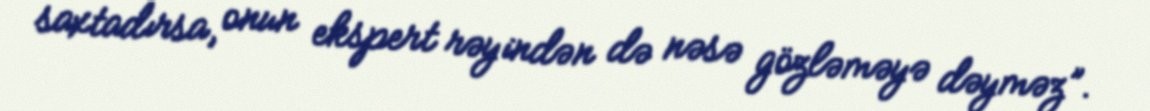
saxtadırsa, onun ekspert rəyindən də nəsə gözləməyə dəyməz”.